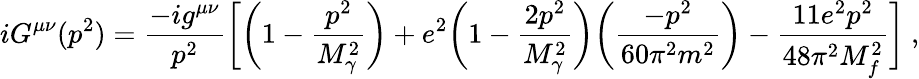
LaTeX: iG^{\mu\nu}(p^{2})=\frac{-ig^{\mu\nu}}{p^{2}}\biggl[\biggl(1-\frac{p^{2}}{M_{\gamma}^{2}}\biggr)+e^{2}\biggl(1-\frac{2p^{2}}{M_{\gamma}^{2}}\biggr)\biggr(\frac{-p^{2}}{60\pi^{2}m^{2}}\biggr)-\frac{11e^{2}p^{2}}{48\pi^{2}M_{f}^{2}}\biggr]\ ,